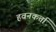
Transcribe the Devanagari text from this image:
हवनकर्त्ता